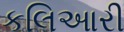
કલિઆરી